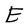
Character: E